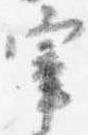
宰